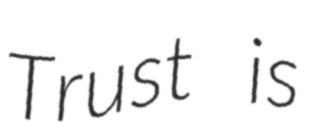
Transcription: Trust is